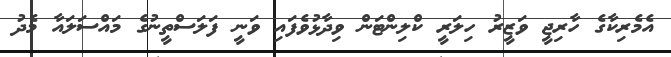
އެމެރިކާގެ ހާރިޖީ ވަޒީރު ހިލަރީ ކްލިންޓަން ވިދާޅުވެފައި ވަނީ ފަލަސްތީނުގެ މައްސަލައާ މެދު